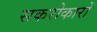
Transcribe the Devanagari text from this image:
सकरोकारों